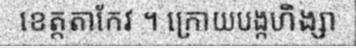
ខេត្តតាកែវ ។ ក្រោយបង្កហិង្សា